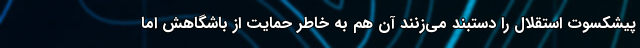
پیشکسوت استقلال را دستبند می‌زنند آن هم به خاطر حمایت از باشگاهش اما